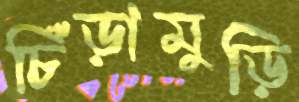
চিঁড়ামুড়ি